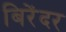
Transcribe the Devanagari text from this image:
बिरेंदर